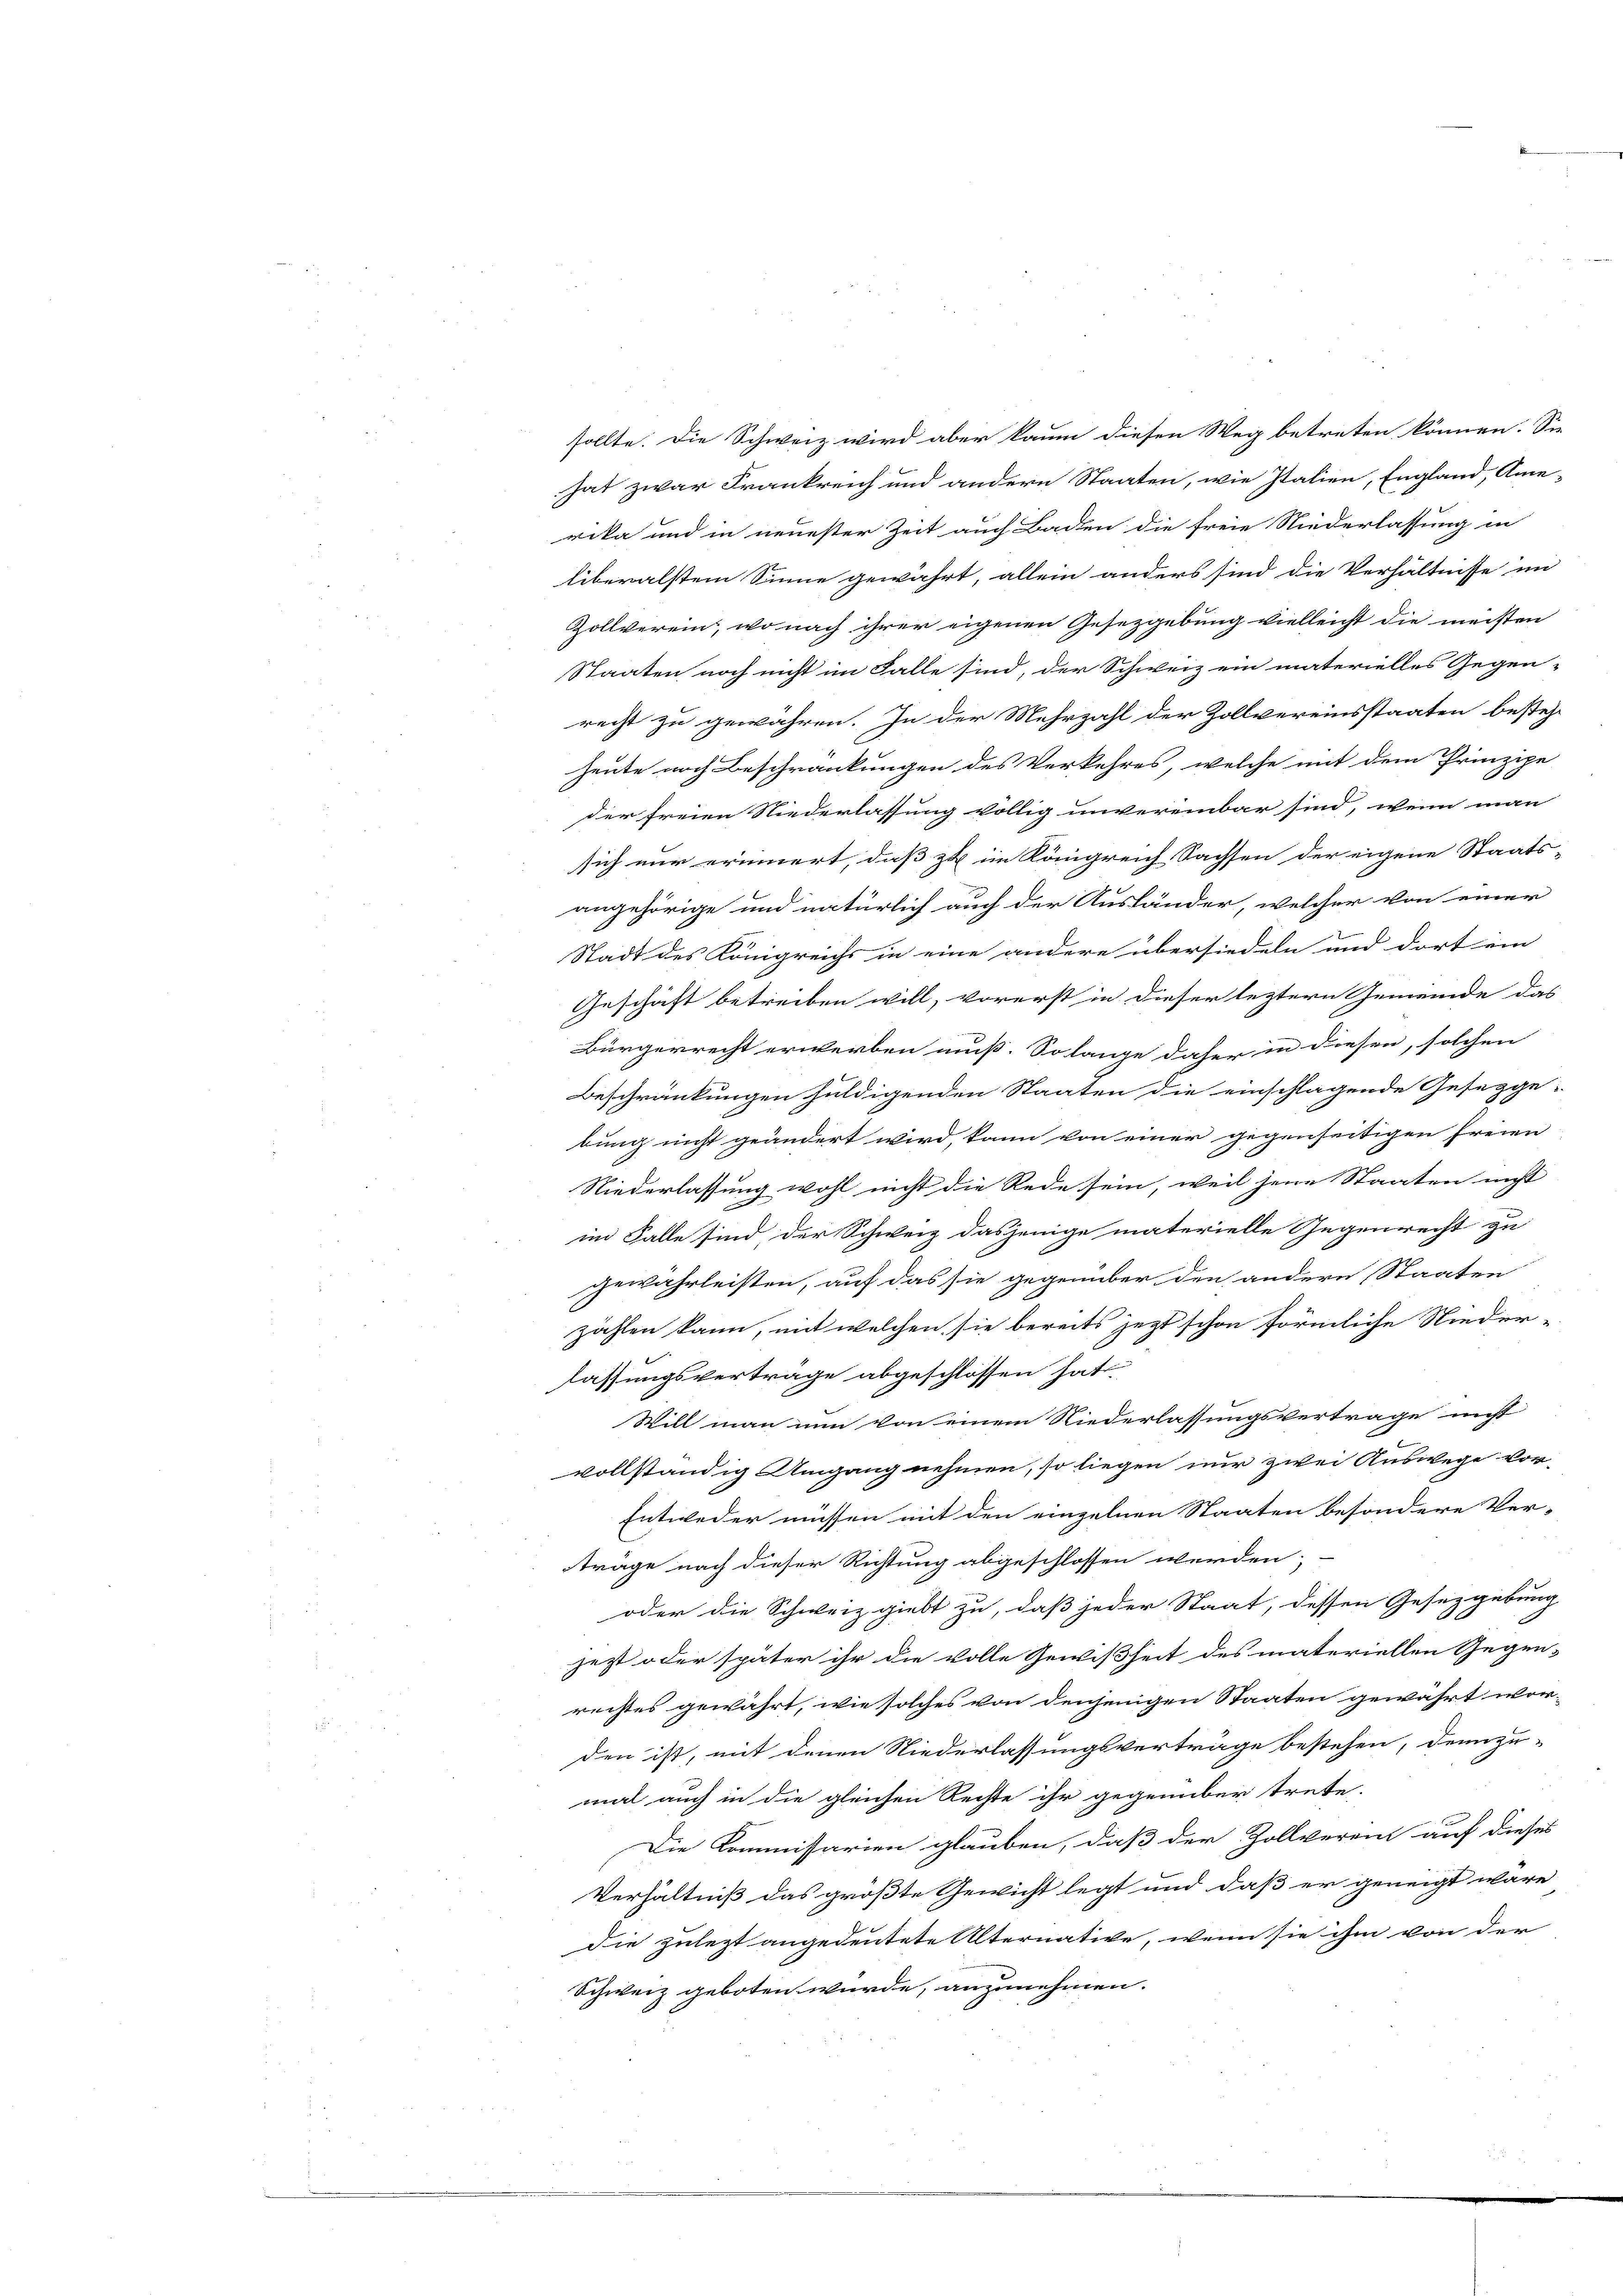
sollte. Die Schweiz wird aber kaum diesen Weg betreten können. Sie
hat zwar Frankreich und andern Staaten, wie Italien, England, Amerika und in neuester Zeit auch Backen die freie Niederlassung in
üiberalstem Sinne gewährt, allein anders sind die Verhältnisse im
Zollverein, wo nach ihrer eigenen Gesetzgebung vielleicht die meisten
Staaten noch nicht im Falle sind, der Schweiz ein materielles Gegen-
recht zu gewähren. In der Mehrzahl der Zollvereinsstaaten bestehe
heute noch Beschränkungen des Verkehres, welche mit dem Prinzipe
der freien Niederlassung völlig unvereinbar sind, wenn man
sich nur erinnert, daß zu im Königreich Sachsen der eigene Staats-
angehörige und natürlich auch der Ausländer, welcher von einer
Stadt des Königreichs in eine andere übersiedeln und dort ein
Geschäft betreiben will, vorerst in dieser leztern Gemeinde das
Bürgerrecht erwerben muß. So lange daher in diesen, solchen
Beschränkungen huldigenden Staaten die einschlagende Gesetzge-
bung nicht geändert wird, kann von einer gegenseitigen freien
Niederlassung wohl nicht die Rede sein, weil jene Staaten nicht
im Falle sind, der Schweiz dasjenige materielle Gegenrecht zu
gewährleisten, auf das sie gegenüber den andern Staaten
zählen kann, mit welchen sie bereits jezt schon förmliche Nieder-
lassungsvertrage abgeschlossen hat
Will man nun von einem Niederlassungsvertrage nicht
vollständig Umgang nehmen, so liegen nur zwei Auswege vor-
Entweder müssen mit den einzelnen Staaten besondere Ver-
träge nach dieser Richtung abgeschlossen werden;
oder die Schweiz giebt zu, daß jeder Staat, dessen Gesetzgebung
jezt oder später ihr die volle Gewißheit des materiellen Gegen-
rechtes gewährt, wie solches von denjenigen Staaten gewährt wor-
den ist, mit denen Niederlassungsverträge bestehen, denn zu-
mal auch in die gleichen Rechte ihr gegenüber trete.
Die Kommissarien glauben, daß der Zollverein auf dieses
Verhältniß das größte Gewicht legt und daß er geneigt wäre
die zulezt angedeutete Alternative, wenn sie ihm von der
Schweiz geboten würde, anzunehmen. |